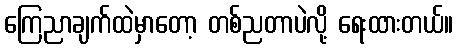
ကြေညာချက်ထဲမှာတော့ တစ်ညတာပဲလို့ ရေးထားတယ်။